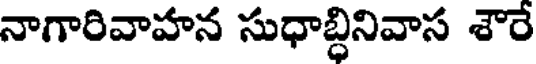
నాగారివాహన సుధాబ్ధినివాస శౌరే